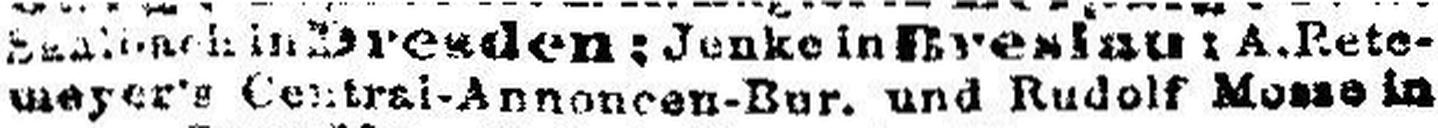
wager's Central-Annoncen-Bur. und Rudolf M### in